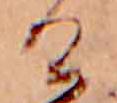
け